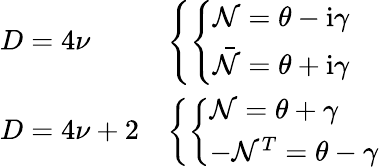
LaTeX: \begin{array}{ll}{{D=4\nu}}&{{\left\{ \left\{ \begin{array}{ll}{{{\cal N}=\theta-\mathrm{i}\gamma}}\\ {{{\bar{\cal N}}=\theta+\mathrm{i}\gamma}}\end{array}\right.\right.}}\\ {{D=4\nu+2}}&{{\left\{ \left\{ \begin{array}{ll}{{{\cal N}=\theta+\gamma}}\\ {{-{\cal N}^{T}=\theta-\gamma}}\end{array}\right.\right.}}\end{array}